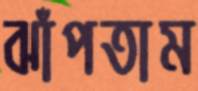
ঝাঁপতাম